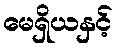
မေရှိယနှင့်